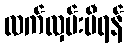
လက်လှမ်းမီရန်